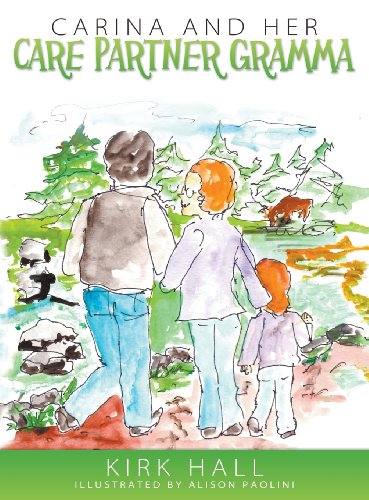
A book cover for Carina and Her Care Partner Gramma; Kirk Hall; Health, Fitness & Dieting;